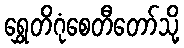
ရွှေတိဂုံစေတီတော်သို့